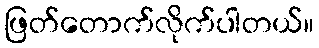
ဖြတ်တောက်လိုက်ပါတယ်။